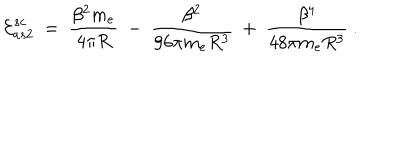
LaTeX: { \cal E } _ { a s 2 } ^ { s c } \ = \ \frac { \beta ^ { 2 } m _ { e } } { 4 \pi R } \ - \ \frac { \beta ^ { 2 } } { 9 6 \pi m _ { e } R ^ { 3 } } \ + \ \frac { \beta ^ { 4 } } { 4 8 \pi m _ { e } R ^ { 3 } } \ .